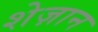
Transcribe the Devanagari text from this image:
शेज़ान